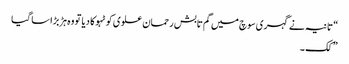
“ تانیہ نے گہری سوچ میں گم تابش رحمان علوی کو ٹہوکا دیا تو وہ ہڑبڑا سا گیا
” کک ۔